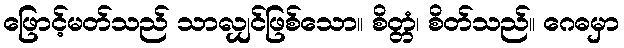
ဖြောင့်မတ်သည် သာလျှင်ဖြစ်သော။ စိတ္တံ၊ စိတ်သည်။ ဂေဓမှာ